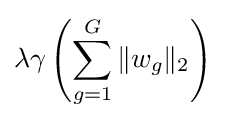
\lambda \gamma \left(\sum _{g=1}^{G}\|w_{g}\|_{2}\right)